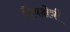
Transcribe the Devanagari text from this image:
शैवक्षेत्री